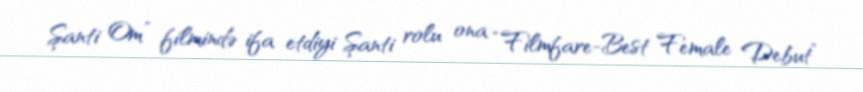
Şanti Om” filmində ifa etdiyi Şanti rolu ona “Filmfare-Best Female Debut”